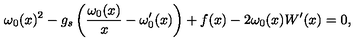
\omega _ { 0 } ( x ) ^ { 2 } - g _ { s } \left( \frac { \omega _ { 0 } ( x ) } { x } - \omega _ { 0 } ^ { \prime } ( x ) \right) + f ( x ) - 2 \omega _ { 0 } ( x ) W ^ { \prime } ( x ) = 0 ,